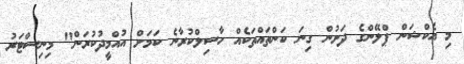
މި އެކްޝަން ޕްލޭންގެ ދަށުން ގިނަ ކަންތައްތަކެއް ހާސިލްކުރާނެ ކަމަށް އުއްމީދުކުރަން" މިނިސްޓަރު